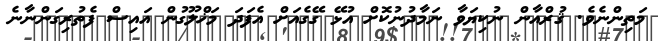
މަތިންނެވެ. ޤުރްއާން ނުކިޔަވާ ނަމާދުނުކޮށް އުޅޭ ގޭގެއަށް އެފަދަ މަޚްލޫގުން އައިސް ފެތުރިގަންނާނެ